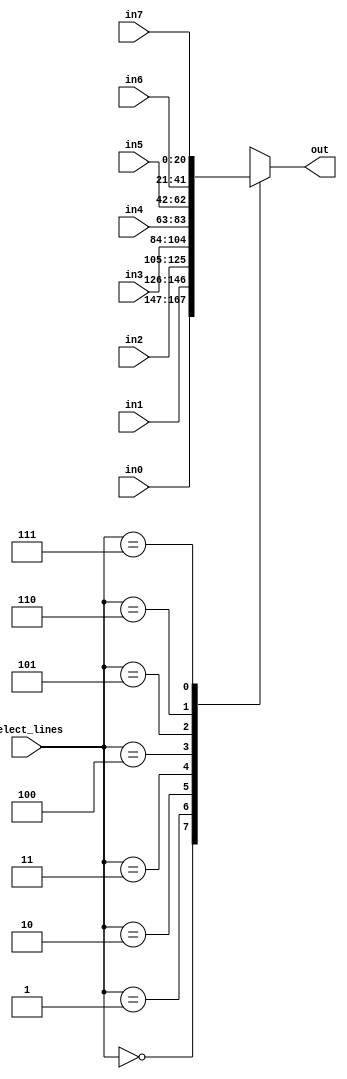
module mux_8X1 
#(parameter OUT_DATA_WIDTH = 21
)
(
input [OUT_DATA_WIDTH-1:0] in0 ,				
input [OUT_DATA_WIDTH-1:0] in1 ,				
input [OUT_DATA_WIDTH-1:0] in2 ,				
input [OUT_DATA_WIDTH-1:0] in3 ,				
input [OUT_DATA_WIDTH-1:0] in4 ,				
input [OUT_DATA_WIDTH-1:0] in5 ,				
input [OUT_DATA_WIDTH-1:0] in6 ,				
input [OUT_DATA_WIDTH-1:0] in7 ,				
output reg [OUT_DATA_WIDTH-1:0] out,
input [2:0] select_lines
);

always @ (*) begin 
	case(select_lines)
		3'b000 : out = in0 ;
		3'b001 : out = in1 ;
		3'b010 : out = in2 ;
		3'b011 : out = in3 ;
		3'b100 : out = in4 ;
		3'b101 : out = in5 ;
		3'b110 : out = in6 ;
		3'b111 : out = in7 ;
	endcase
end

endmodule